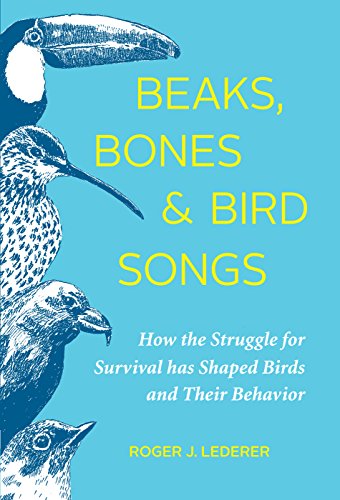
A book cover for Beaks, Bones, and Bird Songs: How the Struggle for Survival Has Shaped Birds and Their Behavior; Roger Lederer; Sports & Outdoors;